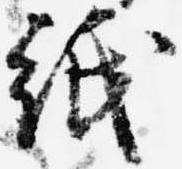
紙